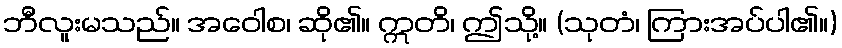
ဘီလူးမသည်။ အဝေါစ၊ ဆို၏။ ဣတိ၊ ဤသို့။ (သုတံ၊ ကြားအပ်ပါ၏။)